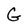
Character: G